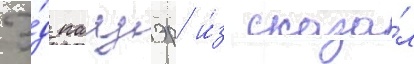
Э́д пауэр и́з сказа́л